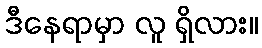
ဒီနေရာမှာ လူ ရှိလား။